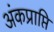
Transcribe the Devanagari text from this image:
अंकप्राप्ति